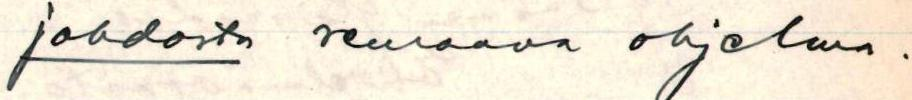
johdosta seuraava ohjelma .